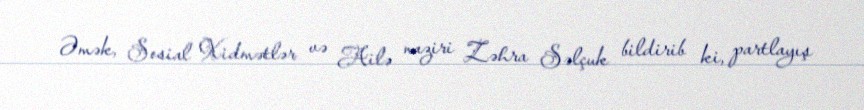
Əmək, Sosial Xidmətlər və Ailə naziri Zəhra Səlçuk bildirib ki, partlayış